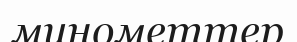
минометтер